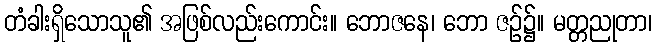
တံခါးရှိသောသူ၏ အဖြစ်လည်းကောင်း။ ဘောဇနေ၊ ဘော ဇဉ်၌။ မတ္တညုတာ၊